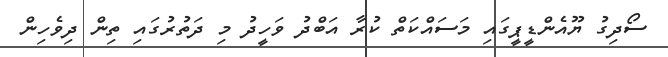
ސޯދިގު ޔޫއެންޑީޕީގައި މަސައްކަތް ކުރާ އަބްދު ވަހީދު މި ދަތުރުގައި ތިން ދިވެހިން